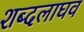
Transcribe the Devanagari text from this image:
शब्दलाघव